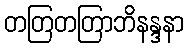
တတြတတြာဘိနန္ဒနာ